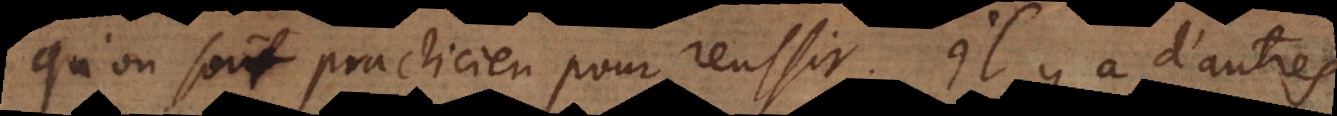
qu’on soit practicien pour reussir. Il y a d’autres